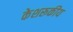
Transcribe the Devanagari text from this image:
केशरूकीय